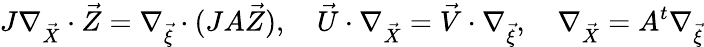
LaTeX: J\nabla_{\vec{X}}\cdot\vec{Z}=\nabla_{\vec{\xi}}\cdot(JA\vec{Z}),\quad\vec{U}\cdot\nabla_{\vec{X}}=\vec{V}\cdot\nabla_{\vec{\xi}},\quad\nabla_{\vec{X}}=A^{t}\nabla_{\vec{\xi}}